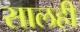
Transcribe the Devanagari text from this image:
सालही